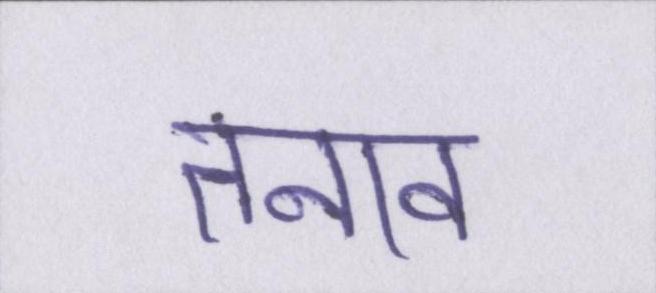
तनाव